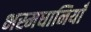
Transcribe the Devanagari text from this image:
भस्मधानियाँ